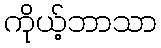
ကိုယ့်ဘာသာ